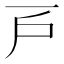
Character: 𢨥